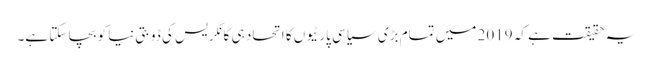
یہ حقیقت ہے کہ 2019 میں تمام بڑی سیاسی پارٹیوں کا اتحاد ہی کانگریس کی ڈوبتی نیا کو بچا سکتا ہے۔